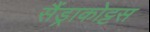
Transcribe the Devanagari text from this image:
सैंड्राकोट्टस